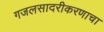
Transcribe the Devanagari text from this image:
गजलसादरीकरणाचा